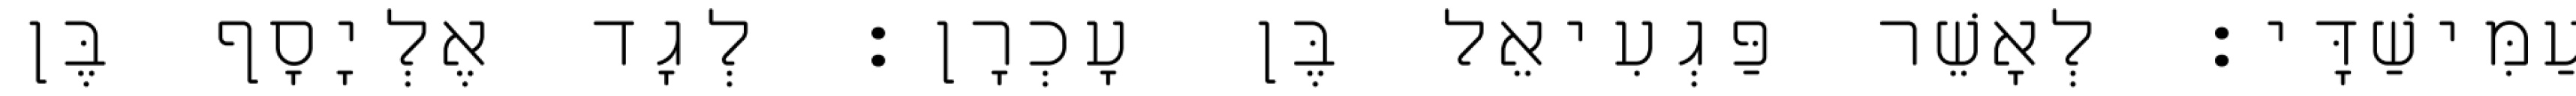
עַמִּישַׁדָּי׃ לְאָשֵׁר פַּגְעִיאֵל בֶּן עָכְרָן׃ לְגָד אֶלְיָסָף בֶּן